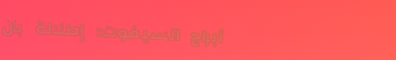
أبراج السيفوت: إطلالة بان